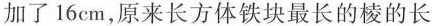
加了16cm，原来长方体铁块最长的棱的长